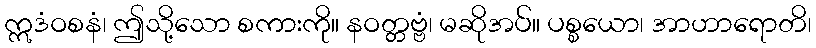
ဣဒံဝစနံ၊ ဤသို့သော စကားကို။ နဝတ္တဗ္ဗံ၊ မဆိုအပ်။ ပစ္စယော၊ အာဟာရောတိ၊